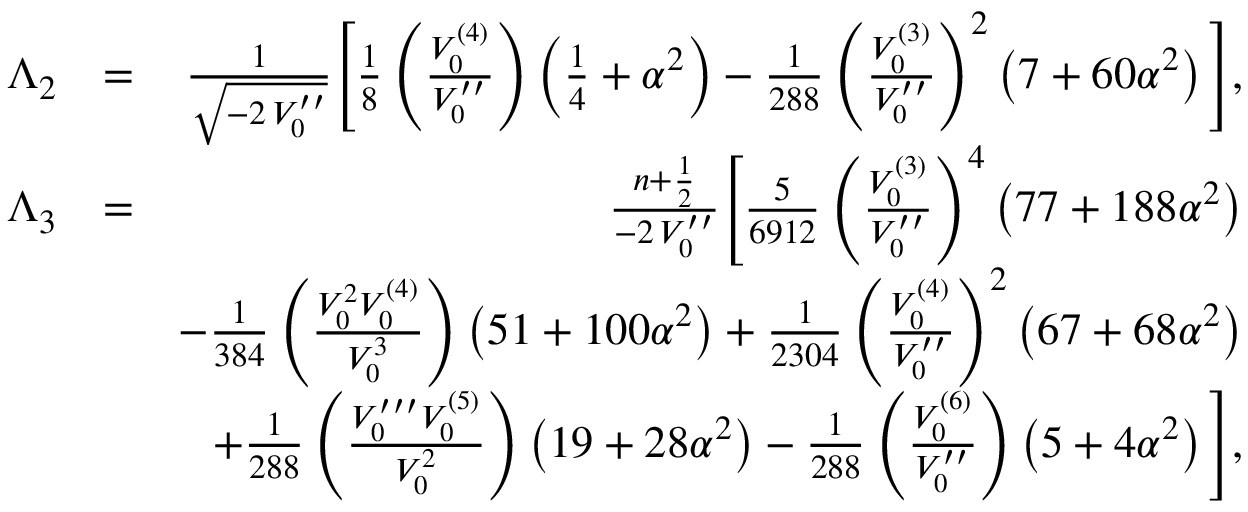
\begin{array} { r l r } { \Lambda _ { 2 } } & { = } & { \frac { 1 } { \sqrt { - 2 \, V _ { 0 } ^ { \prime \prime } } } \Bigg [ \frac { 1 } { 8 } \left( \frac { V _ { 0 } ^ { ( 4 ) } } { V _ { 0 } ^ { \prime \prime } } \right) \left( \frac { 1 } { 4 } + \alpha ^ { 2 } \right) - \frac { 1 } { 2 8 8 } \left( \frac { V _ { 0 } ^ { ( 3 ) } } { V _ { 0 } ^ { \prime \prime } } \right) ^ { 2 } \left( 7 + 6 0 \alpha ^ { 2 } \right) \Bigg ] , } \\ { \Lambda _ { 3 } } & { = } & { \frac { n + \frac { 1 } { 2 } } { - 2 \, V _ { 0 } ^ { \prime \prime } } \Bigg [ \frac { 5 } { 6 9 1 2 } \left( \frac { V _ { 0 } ^ { ( 3 ) } } { V _ { 0 } ^ { \prime \prime } } \right) ^ { 4 } \left( 7 7 + 1 8 8 \alpha ^ { 2 } \right) } \\ & { } & { - \frac { 1 } { 3 8 4 } \left( \frac { V _ { 0 } ^ { 2 } V _ { 0 } ^ { ( 4 ) } } { V _ { 0 } ^ { 3 } } \right) \left( 5 1 + 1 0 0 \alpha ^ { 2 } \right) + \frac { 1 } { 2 3 0 4 } \left( \frac { V _ { 0 } ^ { ( 4 ) } } { V _ { 0 } ^ { \prime \prime } } \right) ^ { 2 } \left( 6 7 + 6 8 \alpha ^ { 2 } \right) } \\ & { } & { + \frac { 1 } { 2 8 8 } \left( \frac { V _ { 0 } ^ { \prime \prime \prime } V _ { 0 } ^ { ( 5 ) } } { V _ { 0 } ^ { 2 } } \right) \left( 1 9 + 2 8 \alpha ^ { 2 } \right) - \frac { 1 } { 2 8 8 } \left( \frac { V _ { 0 } ^ { ( 6 ) } } { V _ { 0 } ^ { \prime \prime } } \right) \left( 5 + 4 \alpha ^ { 2 } \right) \Bigg ] , } \end{array}